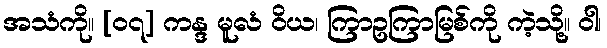
အသံကို။ [၀၇] ကန္ဒ မူလံ ဝိယ၊ ကြာဥကြာမြစ်ကို ကဲ့သို့။ ဝါ၊